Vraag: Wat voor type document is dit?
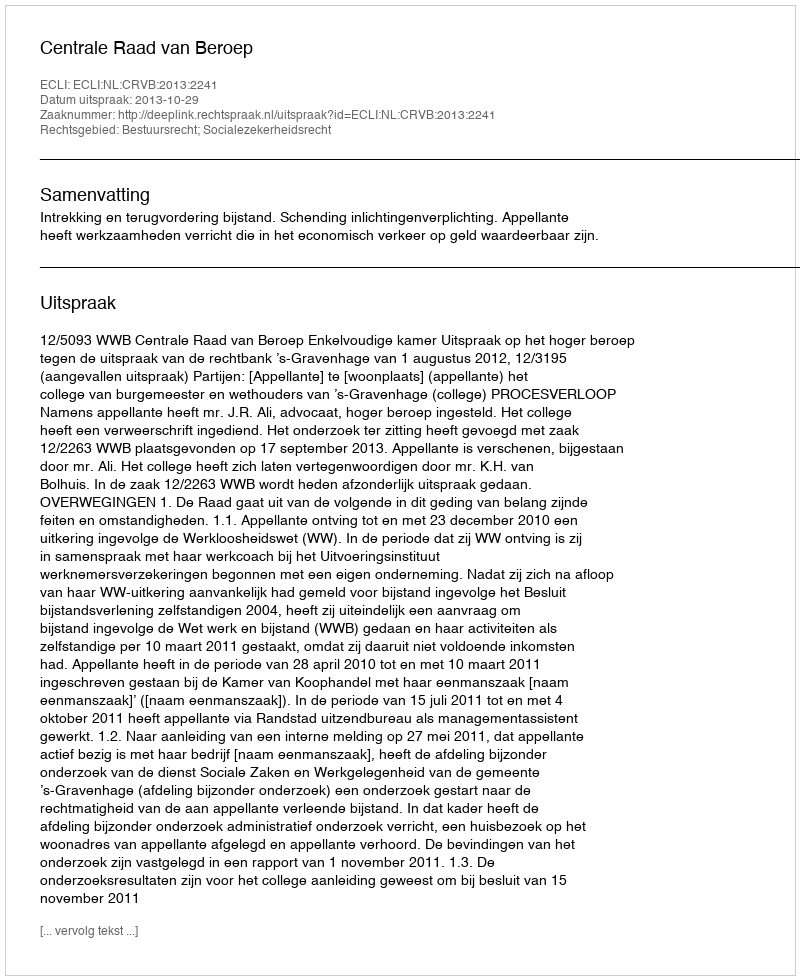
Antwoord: Uitspraak